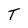
Character: T